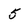
Character: 5